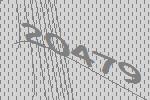
20479